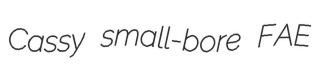
Cassy small-bore FAE